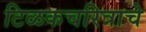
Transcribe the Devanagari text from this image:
टिळकचरित्राचे